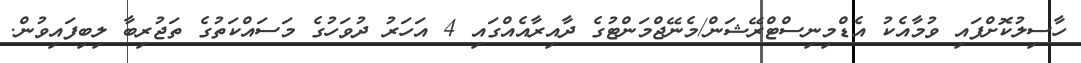
ހާސިލުކޮށްފައި ވުމާއެކު އެޑްމިނިސްޓްރޭޝަން/މެނޭޖްމަންޓުގެ ދާއިރާއެއްގައި 4 އަހަރު ދުވަހުގެ މަސައްކަތުގެ ތަޖުރިބާ ލިބިފައިވުން.